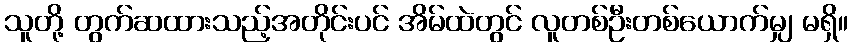
သူတို့ တွက်ဆထားသည့်အတိုင်းပင် အိမ်ထဲတွင် လူတစ်ဦးတစ်ယောက်မျှ မရှိ။